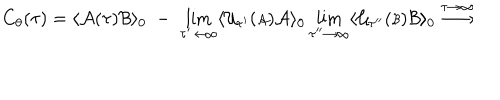
LaTeX: C _ { \theta } ( \tau ) = \langle { \cal A } ( \tau ) { \cal B } \rangle _ { 0 } \; - \; \lim _ { \tau ^ { \prime } \rightarrow \infty } \langle { \cal U } _ { \tau ^ { \prime } } ( { \scriptstyle { \cal A } } ) { \cal A } \rangle _ { 0 } \lim _ { \tau ^ { \prime \prime } \rightarrow \infty } \langle { \cal U } _ { \tau ^ { \prime \prime } } ( { \scriptstyle { \cal B } } ) { \cal B } \rangle _ { 0 } \stackrel { \tau \rightarrow \infty } { \longrightarrow }